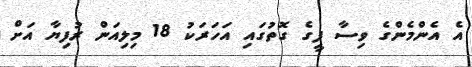
އެ އެންމެންގެ ވިސާ ފީގެ ގޮތުގައި އަހަރަކު 18 މިލިއަން ރުފިޔާ އަށް